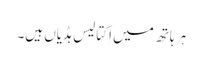
ہر ہاتھ میں اِکتالیس ہڈیاں ہیں۔